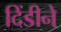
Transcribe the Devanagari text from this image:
दिंडीने